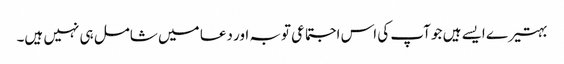
بہتیرے ایسے ہیں جو آپ کی اس اجتماعی توبہ اور دعا میں شامل ہی نہیں ہیں۔